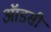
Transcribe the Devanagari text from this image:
ऑडसी